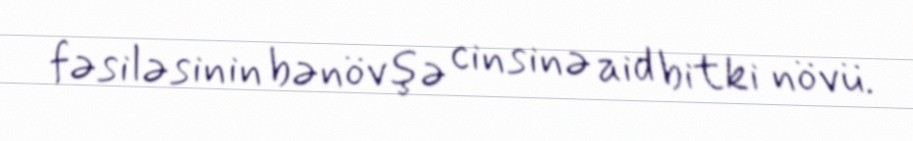
fəsiləsinin bənövşə cinsinə aid bitki növü.